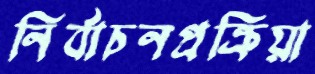
নির্বাচনপ্রক্রিয়া